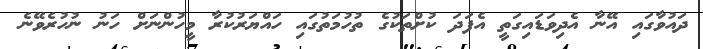
ދައުވާގައި އޭނާ އެދިވަޑައިގަތީ އެފަދަ ކުށްތަކުގެ ތުހުމަތުގައި ހައްޔަރުކުރާ މީހުންނަށް ހަނު ނުހުރެވޭނެ